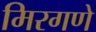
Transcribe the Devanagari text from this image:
मिरगणे